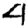
Digit: 4